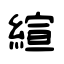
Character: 縇